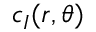
c _ { I } ( r , \theta )